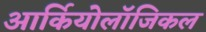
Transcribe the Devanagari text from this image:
आर्कियोलॉजिकल